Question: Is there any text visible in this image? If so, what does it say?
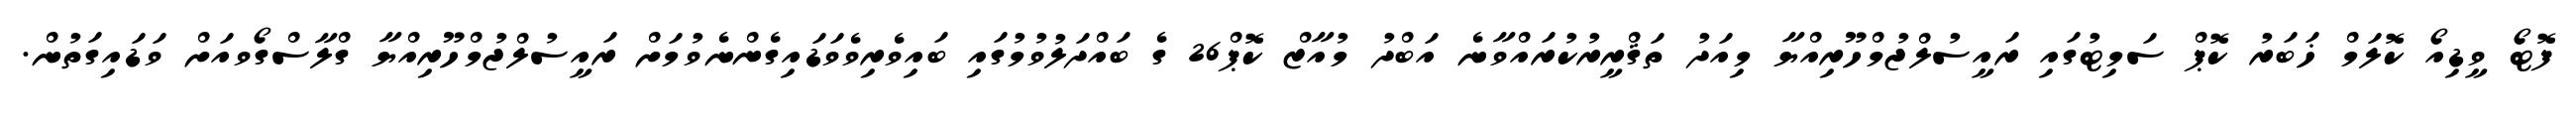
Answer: ފޮޓޯ ވީޑިއޯ ކޮލަމް ޚަބަރު ކޮޕް ސަމިޓުގައި ރައީސުލްޖުމްހޫރިއްޔާ މިއަދު ތަޤްރީރުކުރައްވާނެ އަބްދު މުއާޒް ކޮޕް26 ގެ ބައްދަލުވުމުގައި ބައިވެރިވެވަޑައިގެންނެވުމަށް ރައީސުލްޖުމްހޫރިއްޔާ ގްލާސްގޯވއަށް ވަޑައިގަތުން.